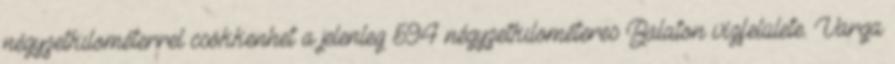
négyzetkilométerrel csökkenhet a jelenleg 594 négyzetkilométeres Balaton vízfelülete. Varga